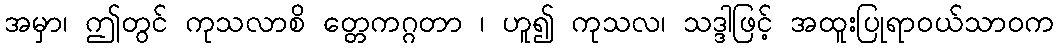
အမှာ၊ ဤတွင် ကုသလာစိ တ္တေကဂ္ဂတာ ၊ ဟူ၍ ကုသလ၊ သဒ္ဒါဖြင့် အထူးပြုရာဝယ်သာဝက